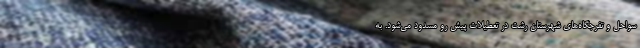
سواحل و تفرجگاه‌های شهرستان رشت در تعطیلات پیش رو مسدود می‌شود. به